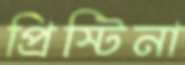
প্রিস্টিনা